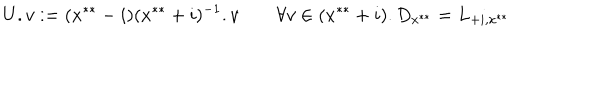
LaTeX: U . v : = ( x ^ { * * } - i ) ( x ^ { * * } + i ) ^ { - 1 } . v \qquad \forall v \in ( x ^ { * * } + i ) . D _ { x ^ { * * } } = L _ { + i , x ^ { * * } }